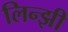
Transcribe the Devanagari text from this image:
लिन्झी